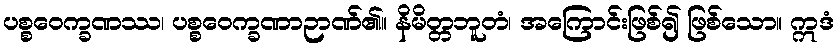
ပစ္စဝေက္ခဏဿ၊ ပစ္စဝေက္ခဏာဉာဏ်၏။ နိမိတ္တဘူတံ၊ အကြောင်းဖြစ်၍ ဖြစ်သော။ ဣဒံ